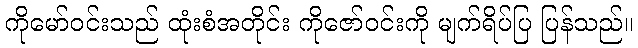
ကိုမော်ဝင်းသည် ထုံးစံအတိုင်း ကိုဇော်ဝင်းကို မျက်ရိပ်ပြ ပြန်သည်။